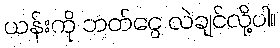
ယန်းကို ဘတ်ငွေ လဲချင်လို့ပါ။